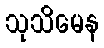
သုသိမေန